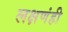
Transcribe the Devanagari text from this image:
लक्षणंही